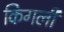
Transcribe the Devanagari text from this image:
किगली